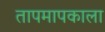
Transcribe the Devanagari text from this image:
तापमापकाला